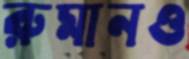
রুমানও